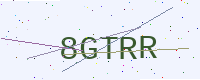
Text: 8GTRR